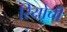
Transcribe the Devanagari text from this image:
रियोची